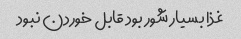
غذا بسیار شور بود قابل خوردن نبود